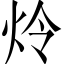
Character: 炩